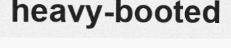
heavy-booted